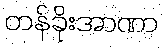
တန်ခိုးအာဏာ